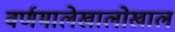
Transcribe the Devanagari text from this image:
वर्णमालेखालोखाल